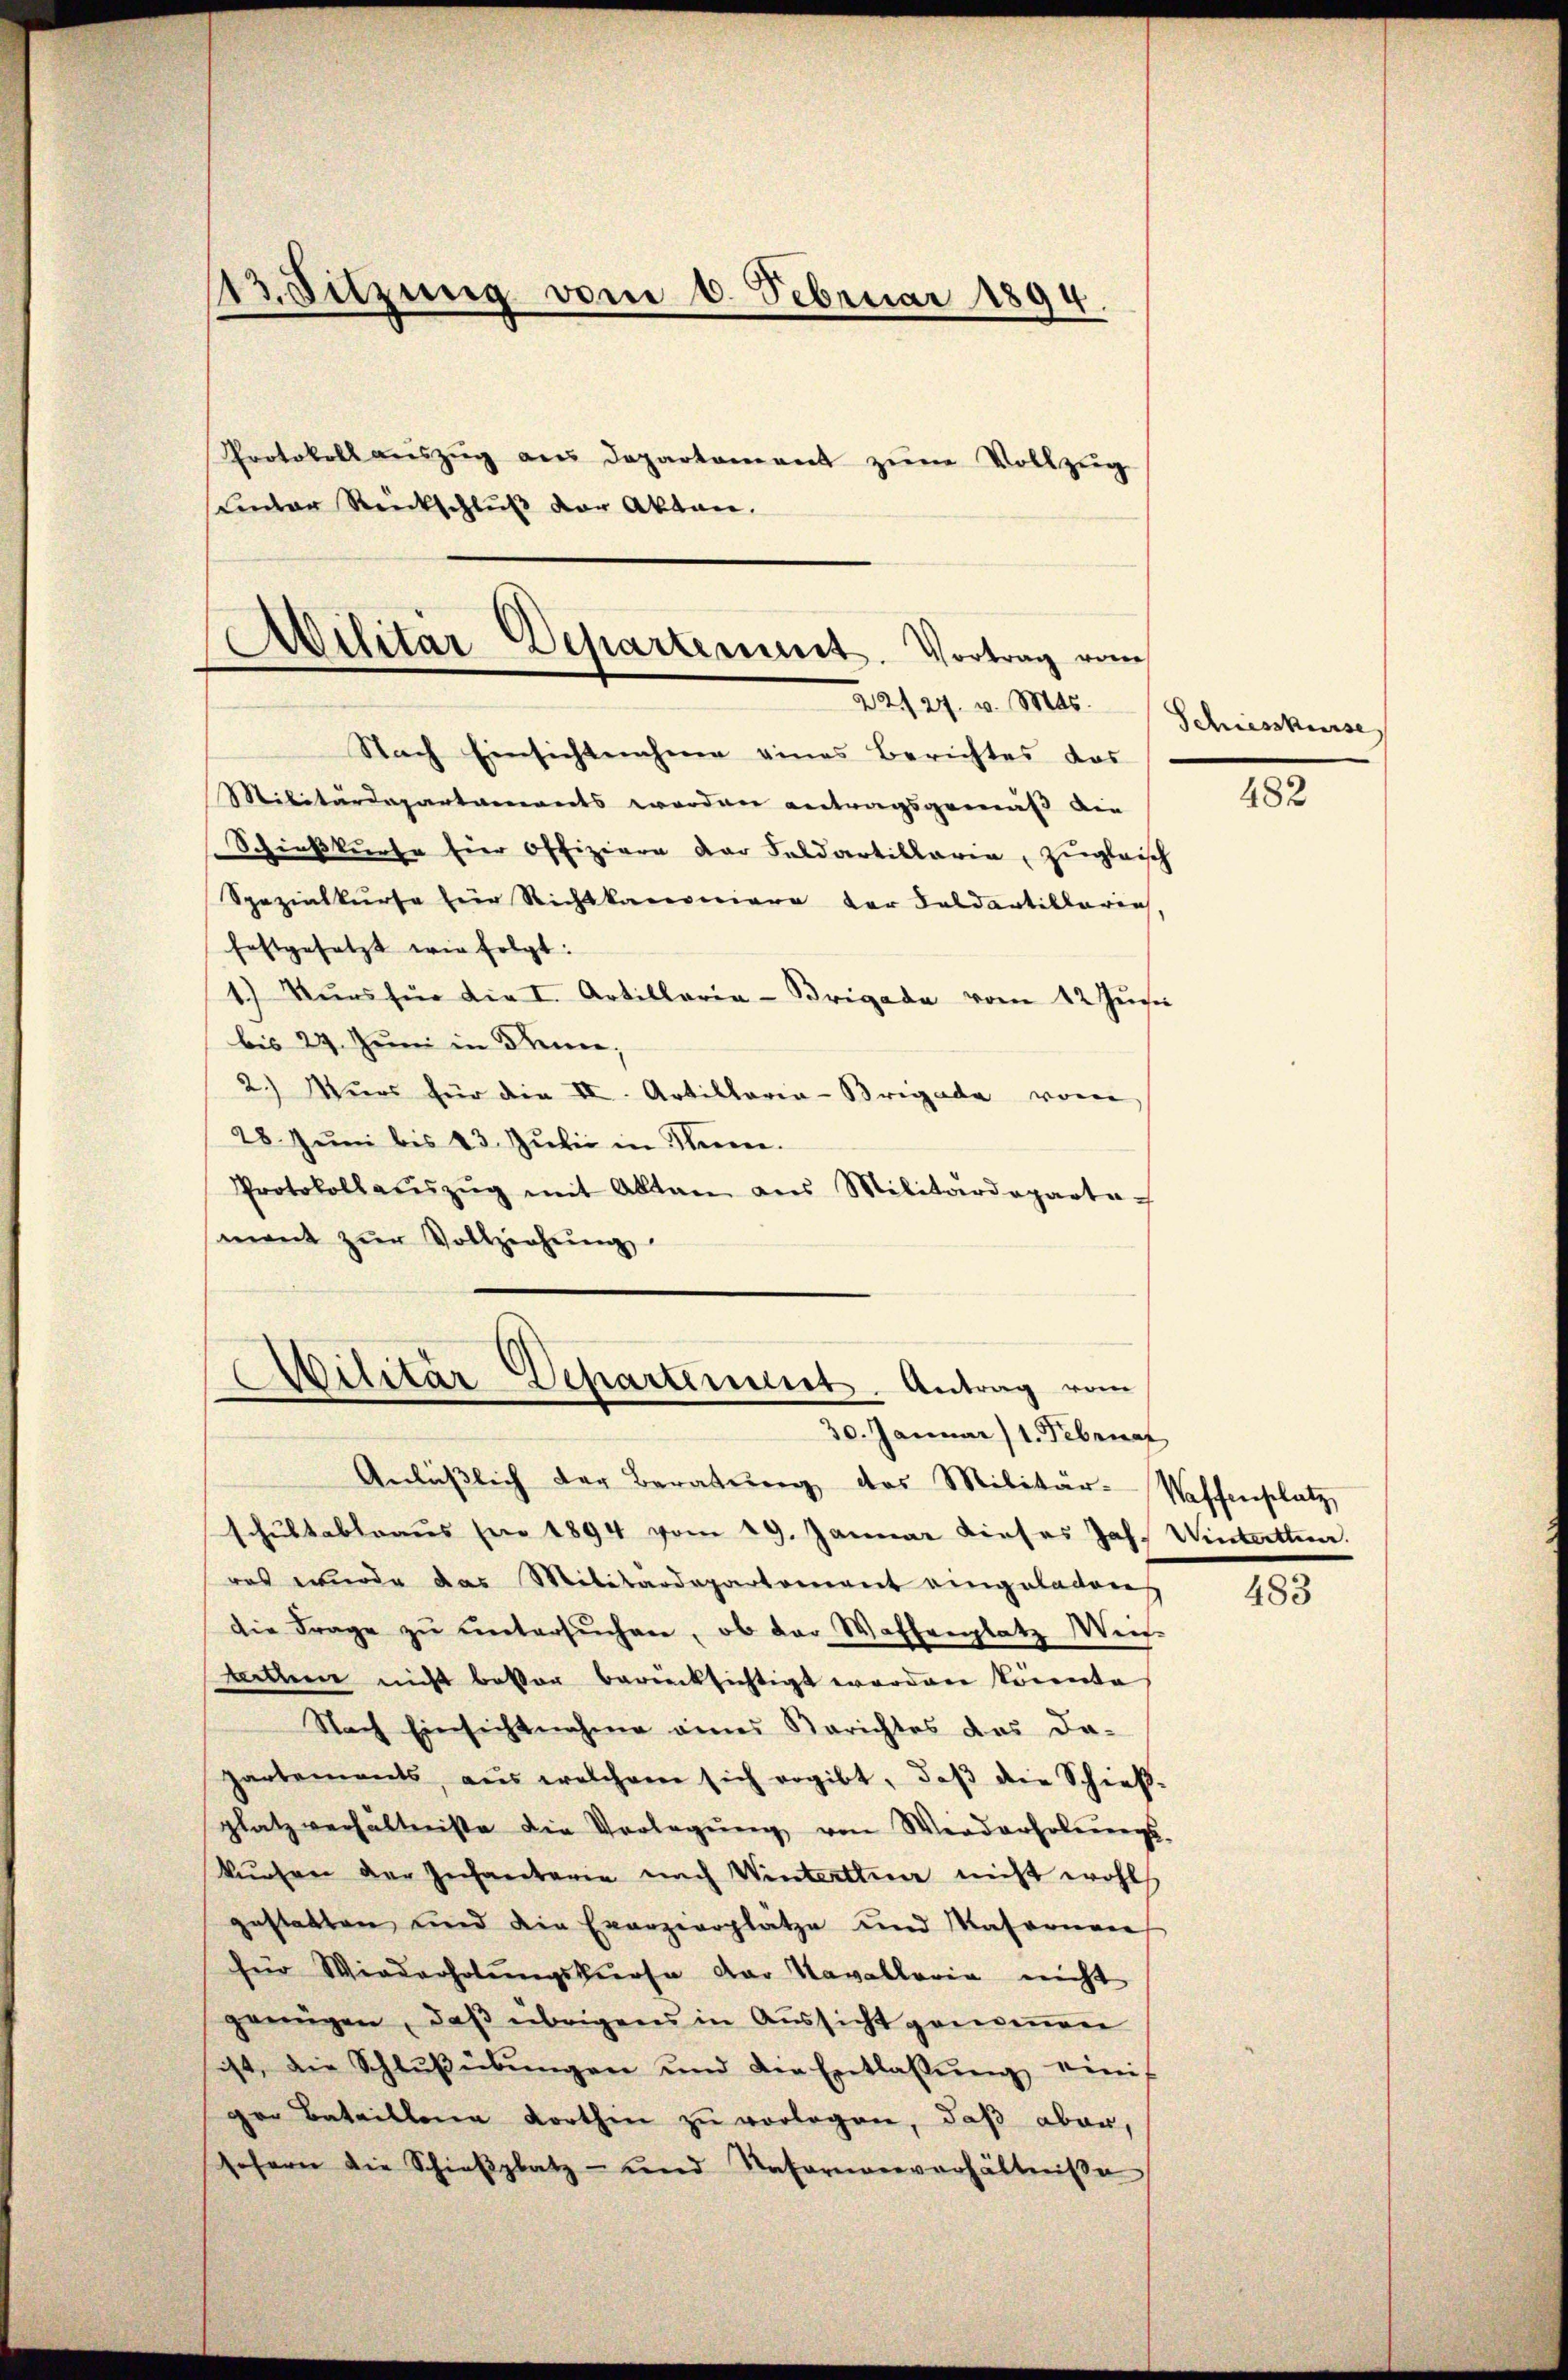
13. Sitzung vom 1. Februar 1894.

Protokoll auszug aus Departament zum Vollzug
Leder Rückschluß vor Akten.

Militär-Departement. Vortrag vom
22/27. v. Mts.

Nach Einsichtnahme eines Berichtes das
Militärdepartaments werden antragsgemäß die
Schießkurse hier Offiziere der Feldartillaria, zugleisch
Spezialkurse für Richtkanoniere der Feldartillarich,
festgesetzt wie folgt:
1.) Kŭrs für die I. Artillaria-Brigade vom 12 Zŭr
bis 24. Juni in Diene,
2.) Mŭos für die II. Artillaria-Brigade von
28. Juni bis 13. Julii in Knen.
Protokollaŭszŭg mit Akten aus Militärdeparte-
ment zŭr Vollziehŭng
Anläβlich der Beratung des Militär-Waffenplatz,
schultableaus sie 1894 vom 19. Januar dieses Joh. Winterthun.
was wurde das Militardepartement eingeladen
die Frage zŭ ŭntersŭchen, ob der Waffenplatz Weit
litten nicht besser berücksichtigt worden könnte,
Nach Einsichtnahme eines Berichtes das da-
partements, aus welchem sich ergibt, daβ die Schieβ-
platz verhältnisse die Vorlegŭng von Werderholŭngs-
kursen der Inchantarie nach Winterthur nicht wohls
gestalten und die Exerzierplätze und Materien
für Wiederholŭngskurse der Kavalloria nicht
genügen, daβ übrigens in Aŭssicht genoṁen
sist, die Schlŭβübŭngen und die Entlassŭng einig
ger Bataillene Korthin zu vorlegen, daß aber,
sofern die Schieβplatz- und Reformenverhältniβe

Militär Departement. Antrag vom
30. Januar 1. Februar

Schiesskurse

482

483